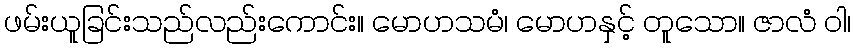
ဖမ်းယူခြင်းသည်လည်းကောင်း။ မောဟသမံ၊ မောဟနှင့် တူသော။ ဇာလံ ဝါ၊